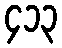
၄၁၃